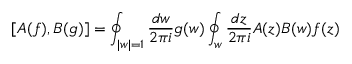
[ A ( f ) , B ( g ) ] = \oint _ { | w | = 1 } \frac { d w } { 2 \pi i } g ( w ) \oint _ { w } \frac { d z } { 2 \pi i } A ( z ) B ( w ) f ( z )